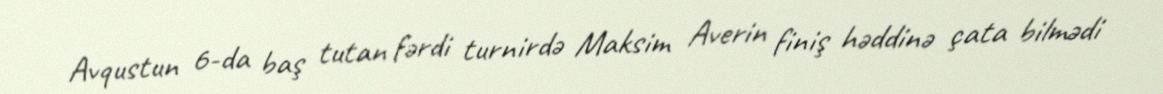
Avqustun 6-da baş tutan fərdi turnirdə Maksim Averin finiş həddinə çata bilmədi